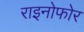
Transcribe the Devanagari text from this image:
राइनोफोर